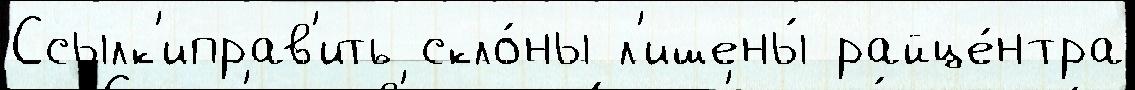
Ссылк'иправ'ить скло́ны л'ишены́ райце́нтра